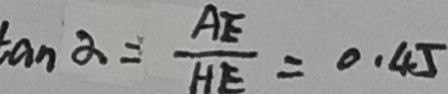
\tan \alpha = \frac { A E } { H E } = 0 . 4 5